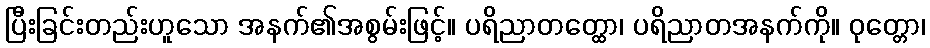
ပြီးခြင်းတည်းဟူသော အနက်၏အစွမ်းဖြင့်။ ပရိညာတတ္ထော၊ ပရိညာတအနက်ကို။ ဝုတ္တော၊